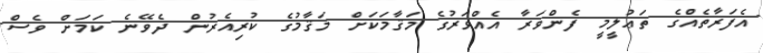
އެފަރާތެއްގެ ތަޢުލީމީ ފެންވަރާ އެއްވަރުގެ މަޤާމަކަށް މަޤާމުގެ ކުރިއެރުން ދެވޭނެ ކަމަށް ވެސް